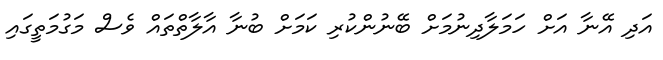
އަދި އޭނާ އަށް ހަމަލާދިނުމަށް ބޭނުންކުރި ކަމަށް ބުނާ އާލާތްތައް ވެސް މަގުމަތީގައި